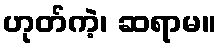
ဟုတ်ကဲ့၊ ဆရာမ။